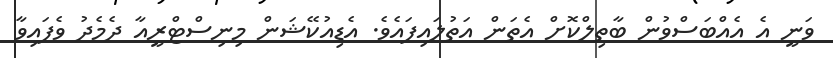
ވަނީ އެ އެއްބަސްވުން ބާތިލްކޮށް އެތަން އަތުލައިފައެވެ. އެޑިއުކޭޝަން މިނިސްޓްރީއާ ދެމެދު ވެފައިވާ